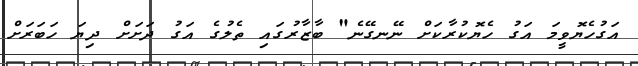
އަގުހެޔޮވީމަ އަގު ހެޔޮކުރާކަށް ނޭނގޭނެ" ބާޒާރުގައި ތެލުގެ އަގު ދަށަށް ދިޔަ ހަބަރަށް